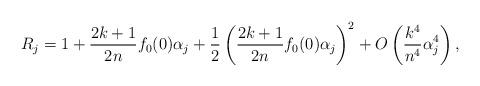
LaTeX: \begin{align*} R_j &= 1 + \frac{2k+1}{2n} f_0(0) \alpha_j +\frac{1}{2}\left(\frac{2k+1}{2n} f_0(0) \alpha_j \right)^2 + O\left(\frac{k^4}{n^4}\alpha_j^4 \right),\end{align*}